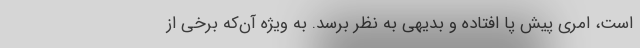
است، امری پیش پا افتاده و بدیهی به نظر برسد. به ویژه آن‌که برخی از